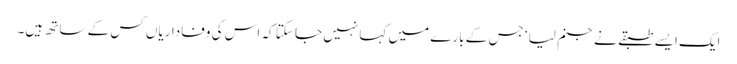
ایک ایسے طبقے نے جنم لیا‘ جس کے بارے میں کہا نہیں جا سکتا کہ اس کی وفاداریاں کس کے ساتھ ہیں۔